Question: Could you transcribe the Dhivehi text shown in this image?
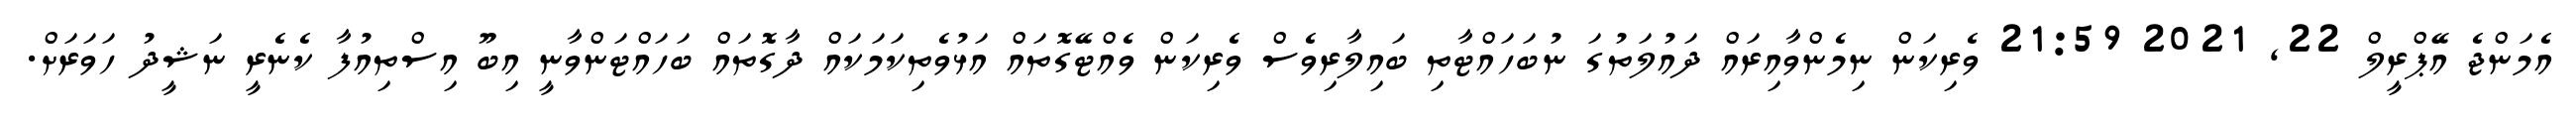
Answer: އެމަންޖެ އޭޕްރީލް 22, 2021 21:59 ވެރިކަން ނިމެންވާއިރައް ދައުލަތުގަ ނުބަހައްޓާތި ބައިލާރިވެސް ވެރިކަން ވެއްޓޭގޮތައް އަޅުވެތިކަމަކައް ދާގޮތައް ބަހައްޓަންވާނީ އިބޫ އިސްތިއުފާ ކެނެރީ ނަޝީދު ހަވަރަށް.